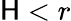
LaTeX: \mathsf{H}<r